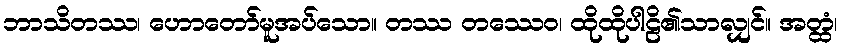
ဘာသိတဿ၊ ဟောတော်မူအပ်သော။ တဿ တဿေဝ၊ ထိုထိုပါဠိ၏သာလျှင်။ အတ္ထံ၊